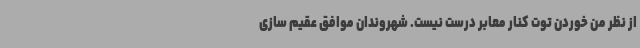
از نظر من خوردن توت کنار معابر درست نیست. شهروندان موافق عقیم سازی